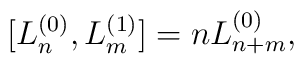
[L^{(0)}_{n},L^{(1)}_{m}]=nL^{(0)}_{n+m},